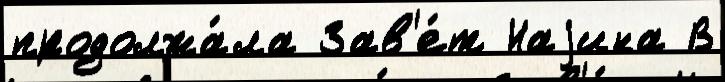
продолжа́ла Зав'е́т Наjина В